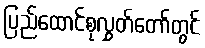
ပြည်ထောင်စုလွှတ်တော်တွင်